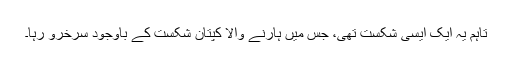
تاہم یہ ایک ایسی شکست تھی، جس میں ہارنے والا کپتان شکست کے باوجود سرخرو رہا۔